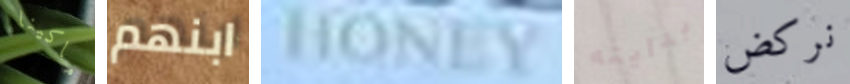
ماكينا ابنهم HONEY بدايته نركض